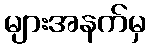
များအနက်မှ